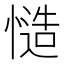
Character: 慥